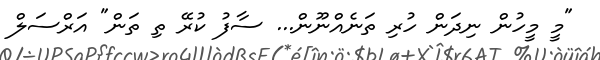
"މީ މީހުން ނިދަން ހުރި ތަނެއްނޫން... ސާފު ކުރޭ ތި ތަން" އަރްސަލް